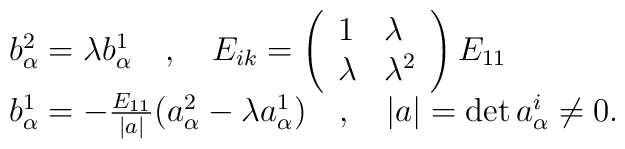
\begin{array}{l}b^{2}_{\alpha}=\lambda b^{1}_{\alpha} \quad,\quad E_{ik}=\left(\begin{array}{ll}1 & \lambda \\\lambda & \lambda^{2}\end{array}\right) E_{11} \\b^{1}_{\alpha}=-\frac{E_{11}}{|a|}(a^{2}_{\alpha}-\lambda a^{1}_{\alpha})\quad,\quad |a|=\det a^{i}_{\alpha}\not= 0.\end{array}